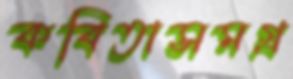
কবিতাসমগ্র